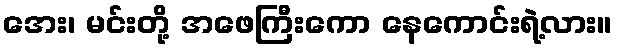
အေး၊ မင်းတို့ အဖေကြီးကော နေကောင်းရဲ့လား။